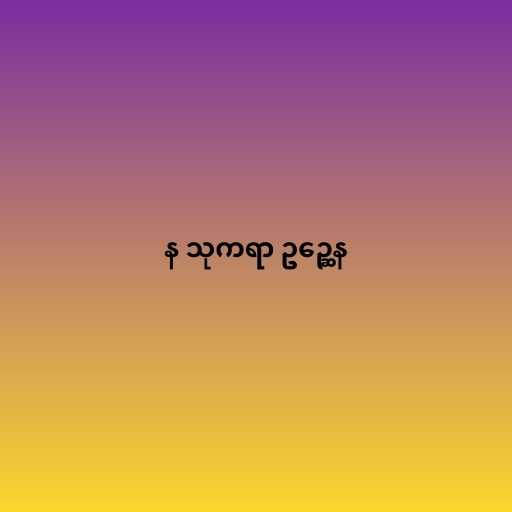
န သုကရာ ဥဉ္ဆေန